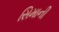
સિમાની